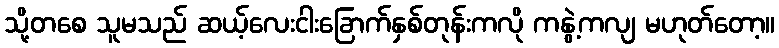
သို့တစေ သူမသည် ဆယ့်လေးငါးခြောက်နှစ်တုန်းကလို ကနွဲ့ကလျ မဟုတ်တော့။